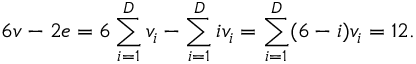
6 v - 2 e = 6 \sum _ { i = 1 } ^ { D } v _ { i } - \sum _ { i = 1 } ^ { D } i v _ { i } = \sum _ { i = 1 } ^ { D } ( 6 - i ) v _ { i } = 1 2 .